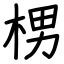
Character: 㭷